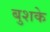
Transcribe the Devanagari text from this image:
बुशके